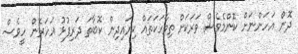
ދޮން އަހަންނަށް ކޮންމެވެސް ވަރަކަށް ތިވާހަކަތައް ކިޔައިދިން ކޮބާތަ ދަރިފުޅު އަހަރެން ހީވެސް